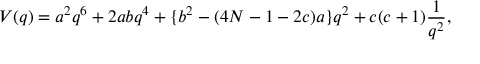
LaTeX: V ( q ) = a ^ { 2 } q ^ { 6 } + 2 a b q ^ { 4 } + \{ b ^ { 2 } - ( 4 { \cal N } - 1 - 2 c ) a \} q ^ { 2 } + c ( c + 1 ) \frac { 1 } { q ^ { 2 } } ,